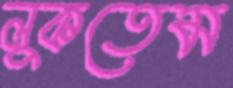
লুকতেম